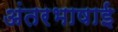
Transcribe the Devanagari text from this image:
अंतरभाषाई